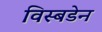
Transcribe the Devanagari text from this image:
विस्बडेन